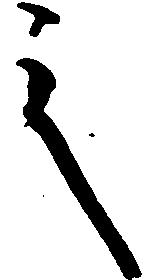
之